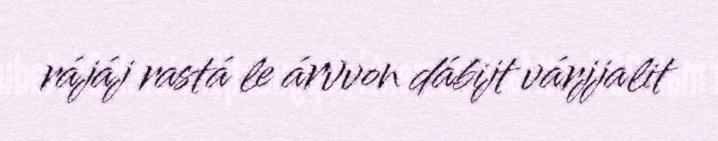
rájáj rastá le árvvon dábijt várjjalit